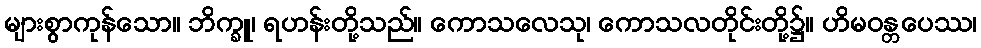
များစွာကုန်သော။ ဘိက္ခူ၊ ရဟန်းတို့သည်။ ကောသလေသု၊ ကောသလတိုင်းတို့၌။ ဟိမဝန္တပေဿ၊